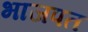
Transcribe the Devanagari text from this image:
भाजपत